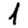
Digit: 1